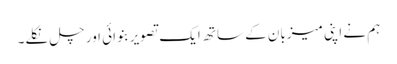
ہم نے اپنی میزبان کے ساتھ ایک تصویر بنوائی اور چل نکلے۔